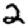
Digit: 2